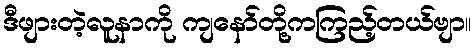
ဒီဖျားတဲ့လူနာကို ကျနော်တို့ကကြည့်တယ်ဗျာ။